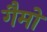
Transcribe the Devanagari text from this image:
गैमो